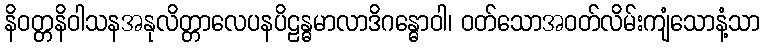
နိဝတ္တနိဝါသနအနုလိတ္တာလေပနပိဠန္ဓမာလာဒိဂန္ဓောဝါ၊ ဝတ်သောအဝတ်လိမ်းကျံသောနံ့သာ